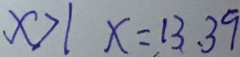
x > 1 x = 1 3 , 3 9